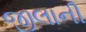
જીલાની